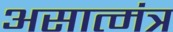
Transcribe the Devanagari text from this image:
असात्मंत्र